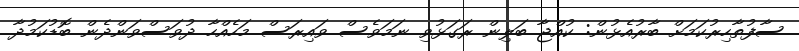
ސާފުތާހިރުކަމަށް ބާރުއެޅުން: ކުއްޖާ ބަލިން ރަގަޅުވި ނަމަވެސް ވައިރަސް މަހެއްހާ ދުވަސްވަންދެން ބޮޑުކަމުދާ